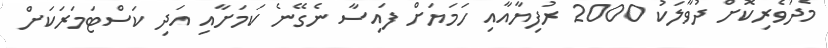
މެދުވެރިކޮށް ދުވާލަކު 2000 ރުފިޔާއާއި ހަމަޔަށް ފައިސާ ނެގޭނެ ކަމަށާއި އަދި ކަސްޓަމަރަކަށް